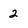
Character: 2